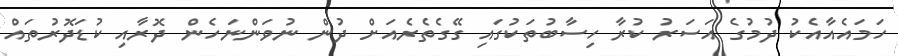
ހަމައެއާއެކު ދުމުގެ އަސަރު ކުރާ ހިސާބުތަކުގައި ގޭގެތެރެއަށް ދުން ނުވަންނަހެން ދޮރާއި ކުޑަދޮރުތައް